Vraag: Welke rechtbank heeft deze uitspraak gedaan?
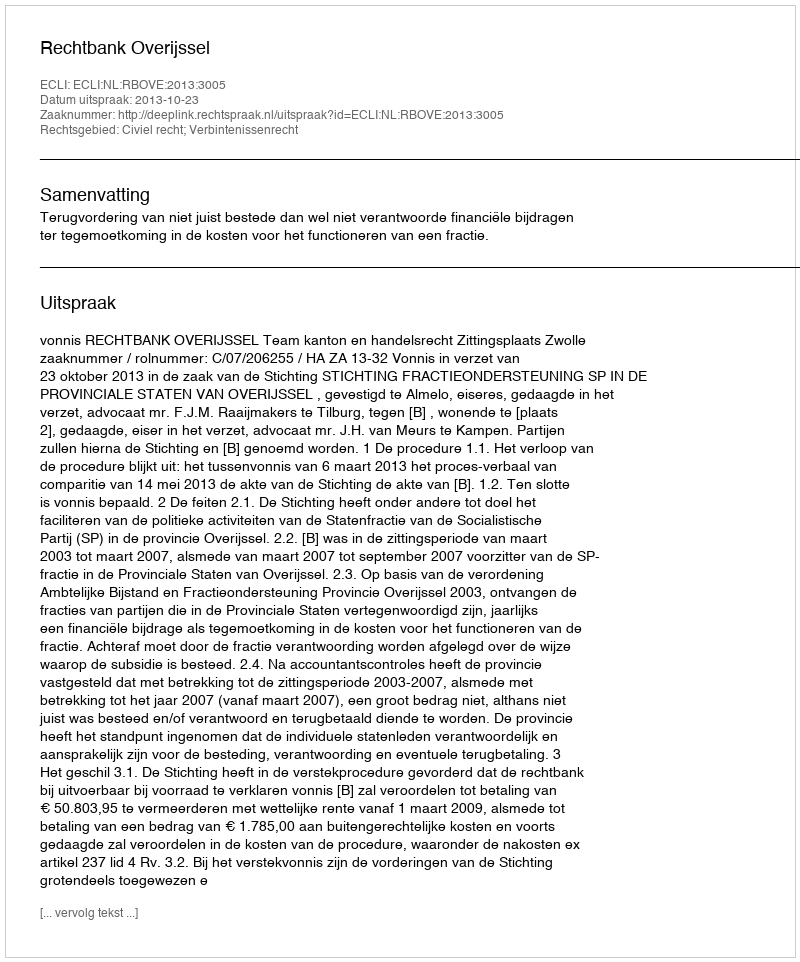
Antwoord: Rechtbank Overijssel